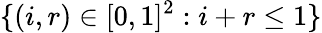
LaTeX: \{ (i,r)\in[0,1]^{2}:i+r\le 1\}